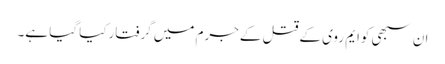
ان سبھی کوایم روی کےقتل کےجرم میں گرفتارکیا گیا ہے۔